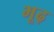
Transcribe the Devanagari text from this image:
भूढ़